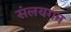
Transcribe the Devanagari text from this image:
संलयगन